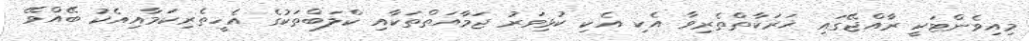
މިއިވެންޓަކީ ރާއްޖޭގައި ޚަރަކާތްތެރިވާ އެކި އެކި ކުޅިވަރު ޖަމާއަތްތަކާއި ކްލަބްތަކުގެ އެހީތެރިކަމާއިއެކު ބޭއްވޭ